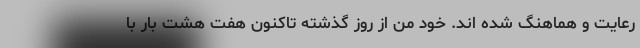
رعایت و هماهنگ شده اند. خود من از روز گذشته تاکنون هفت هشت بار با